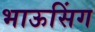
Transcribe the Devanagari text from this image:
भाऊसिंग